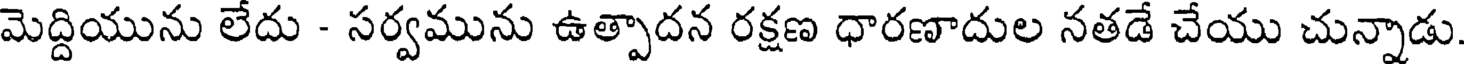
మెద్దియును లేదు - సర్వమును ఉత్పాదన రక్షణ ధారణాదుల నతడే చేయు చున్నాడు